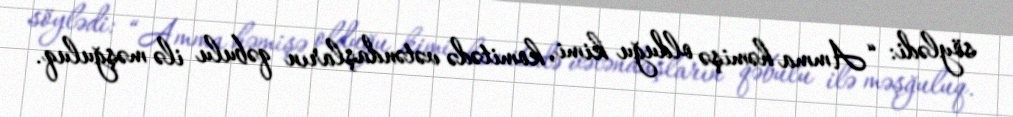
söylədi: “Amma həmişə olduğu kimi, komitədə vətəndaşların qəbulu ilə məşğuluq.